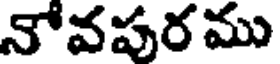
నోవపురము